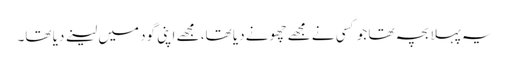
یہ پہلا بچہ تھا جو کسی نے مجھے چھونے دیا تھا، مجھے اپنی گود میں لینے دیا تھا۔